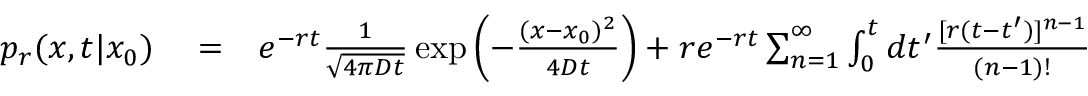
\begin{array} { r l r } { p _ { r } ( x , t | x _ { 0 } ) } & { { } = } & { e ^ { - r t } \frac { 1 } { \sqrt { 4 \pi D t } } \exp \left( - \frac { ( x - x _ { 0 } ) ^ { 2 } } { 4 D t } \right) + r e ^ { - r t } \sum _ { n = 1 } ^ { \infty } \int _ { 0 } ^ { t } d t ^ { \prime } \frac { [ r ( t - t ^ { \prime } ) ] ^ { n - 1 } } { ( n - 1 ) ! } } \end{array}